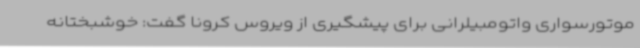
موتورسواری واتومبیلرانی برای پیشگیری از ویروس کرونا گفت: خوشبختانه